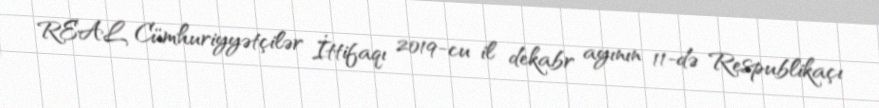
REAL Cümhuriyyətçilər İttifaqı 2019-cu il dekabr ayının 11-də Respublikaçı